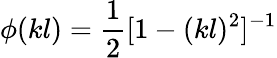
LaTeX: \phi(kl)=\frac{1}{2}[1-(kl)^{2}]^{-1}